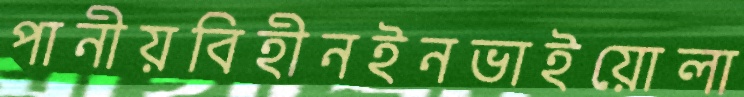
পানীয়বিহীনইনভাইয়োলা